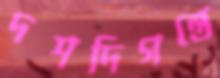
দশদিগন্তে